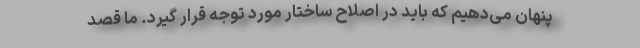
پنهان می‌دهیم که باید در اصلاح ساختار مورد توجه قرار گیرد. ما قصد